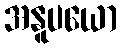
အနူပယော